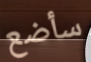
سأضع